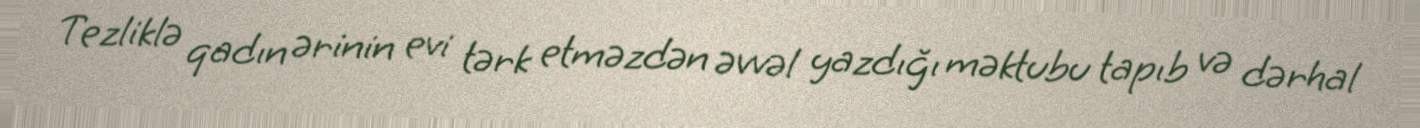
Tezliklə qadın ərinin evi tərk etməzdən əvvəl yazdığı məktubu tapıb və dərhal